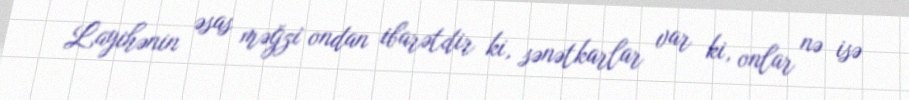
Layihənin əsas məğzi ondan ibarətdir ki, sənətkarlar var ki, onlar nə isə